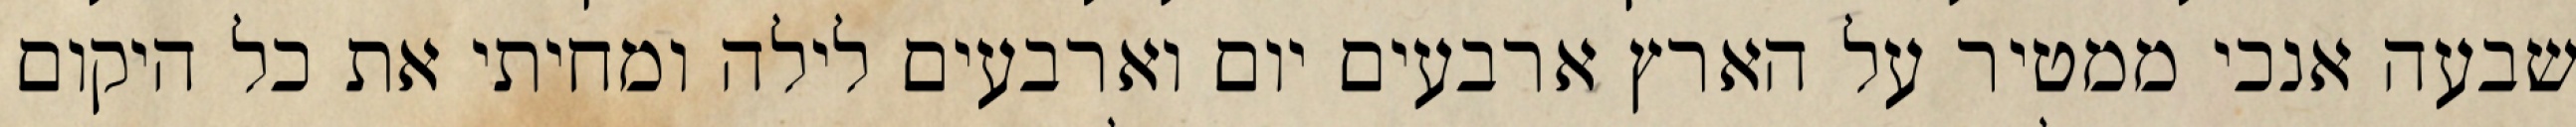
שבעה אנכי ממטיר על הארץ ארבעים יום וארבעים לילה ומחיתי את כל היקום